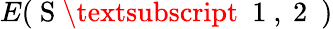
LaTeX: E(\mathrm{~S~\textsubscript~{~1~,~2~}~})